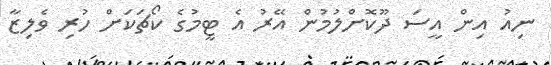
ނިއު އިން އީސަ ދޫކޮށްލުމުން އޭރު އެ ޓީމުގެ ކޯޗަކަށް ހުރި ވެލިޒާ